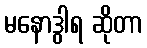
မနောဒွါရ ဆိုတာ